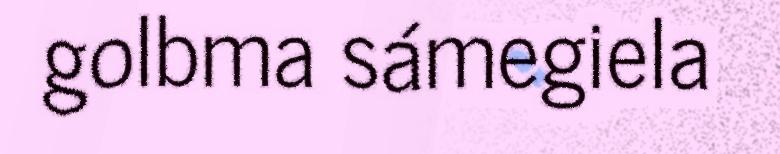
golbma sámegiela